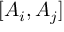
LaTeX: [ A _ { i } , A _ { j } ]